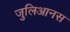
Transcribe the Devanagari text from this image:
जुलिआनस